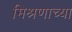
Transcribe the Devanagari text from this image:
मिश्रणाच्या